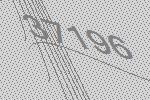
37196